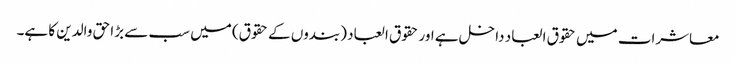
معاشرات میں حقوق العباد داخل ہے اور حقوق العباد (بندوں کے حقوق) میں سب سے بڑا حق والدین کا ہے۔